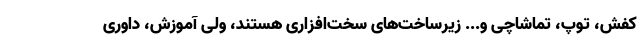
کفش، توپ، تماشاچی و... زیرساخت‌های سخت‌افزاری هستند، ولی آموزش، داوری